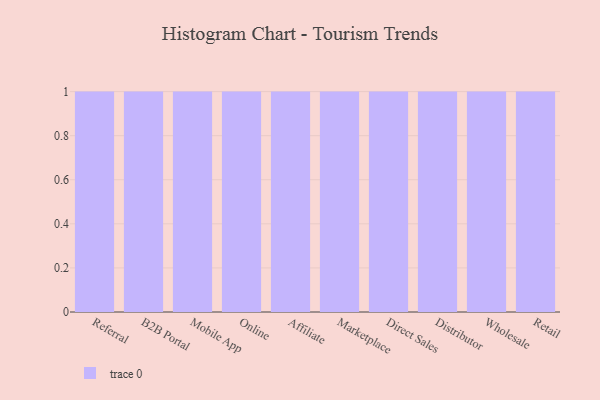
{"axis": {"x": "Channel", "y": "Temperature (°C)"}, "legend": [""], "data": [{"x": "Referral", "y": 16, "type": ""}, {"x": "B2B Portal", "y": 29, "type": ""}, {"x": "Mobile App", "y": 69, "type": ""}, {"x": "Online", "y": 1, "type": ""}, {"x": "Affiliate", "y": 40, "type": ""}, {"x": "Marketplace", "y": 33, "type": ""}, {"x": "Direct Sales", "y": 96, "type": ""}, {"x": "Distributor", "y": 79, "type": ""}, {"x": "Wholesale", "y": 18, "type": ""}, {"x": "Retail", "y": 33, "type": ""}]}